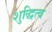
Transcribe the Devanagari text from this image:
शुद्धित्व